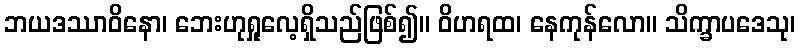
ဘယဒဿာဝိနော၊ ဘေးဟုရှုလေ့ရှိသည်ဖြစ်၍။ ဝိဟရထ၊ နေကုန်လော။ သိက္ခာပဒေသု၊